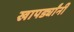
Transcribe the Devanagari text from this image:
खापर्ड्यांनी